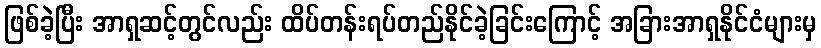
ဖြစ်ခဲ့ပြီး အာရှဆင့်တွင်လည်း ထိပ်တန်းရပ်တည်နိုင်ခဲ့ခြင်းကြောင့် အခြားအာရှနိုင်ငံများမှ